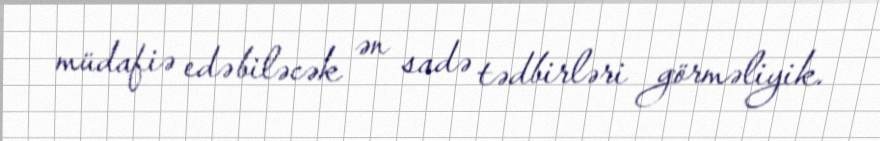
müdafiə edə biləcək ən sadə tədbirləri görməliyik.